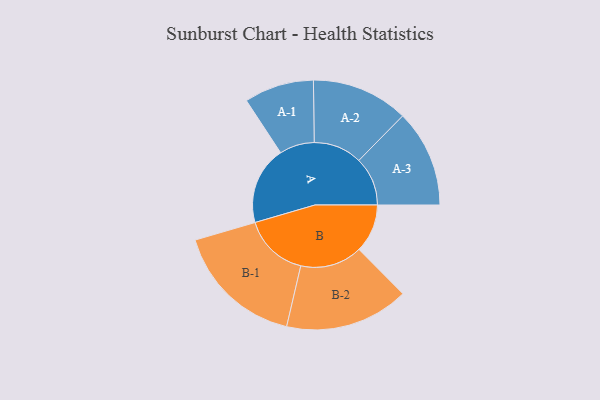
{"axis": {"x": "Segment", "y": "Value"}, "legend": ["", "A", "B"], "data": [{"x": "A", "y": 300, "type": ""}, {"x": "B", "y": 186, "type": ""}, {"x": "A-1", "y": 134, "type": "A"}, {"x": "A-2", "y": 186, "type": "A"}, {"x": "A-3", "y": 187, "type": "A"}, {"x": "B-1", "y": 249, "type": "B"}, {"x": "B-2", "y": 238, "type": "B"}]}